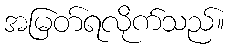
အမြတ်ရလိုက်သည်။